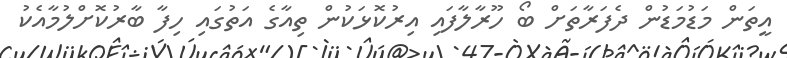
އީތަން މަޑުމަޑުން ދެފަރާތަށް ބޯ ހޫރާލާފައި އިރުކޮޅަކުން ތިއާގެ އަތުގައި ހިފާ ބާރުކޮށްލުމާއެކު